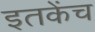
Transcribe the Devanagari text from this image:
इतकेंच